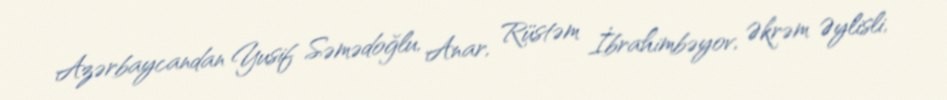
Azərbaycandan Yusif Səmədoğlu, Anar, Rüstəm İbrahimbəyov, Əkrəm Əylisli,